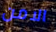
الامن